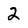
Character: 2